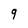
Character: 9